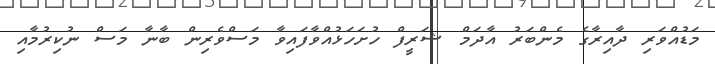
މަޑުއްވަރި ދާއިރާގެ މެންބަރު އާދަމް ޝަރީފް ހުށަހަޅުއްވާފައިވާ މަސްވެރިން ބާނާ މަސް ނުކިރުމާއި